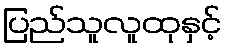
ပြည်သူလူထုနှင့်